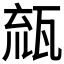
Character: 𤭕